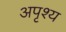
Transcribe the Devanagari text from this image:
अपृश्‍य